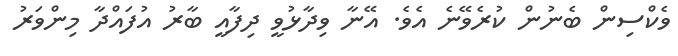
ވެކްސިން ބެނުން ކުރެވޭނެ އެވެ. އޭނާ ވިދާޅުވީ ދިފާއީ ބާރު އުފައްދާ މިންވަރު